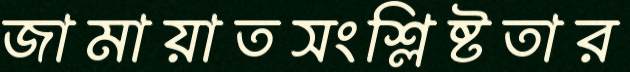
জামায়াতসংশ্লিষ্টতার